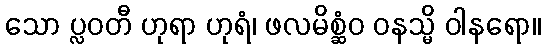
သော ပ္လဝတီ ဟုရာ ဟုရံ၊ ဖလမိစ္ဆံဝ ဝနသ္မိ ဝါနရော။